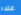
علاء